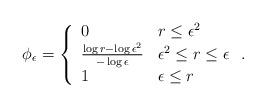
LaTeX: \begin{align*} \phi_{\epsilon } =\left\{ \begin{array} {ll} 0 & r \le \epsilon^2 \\ \frac{\log r - \log \epsilon^2 }{- \log \epsilon} & \epsilon^2 \le r \le \epsilon \\ 1 & \epsilon \le r \end{array} \right.. \end{align*}